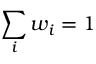
\sum _ { i } w _ { i } = 1